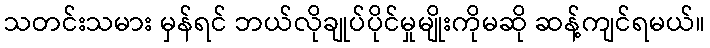
သတင်းသမား မှန်ရင် ဘယ်လိုချုပ်ပိုင်မှုမျိုးကိုမဆို ဆန့်ကျင်ရမယ်။